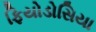
ફિયોડોસિયા